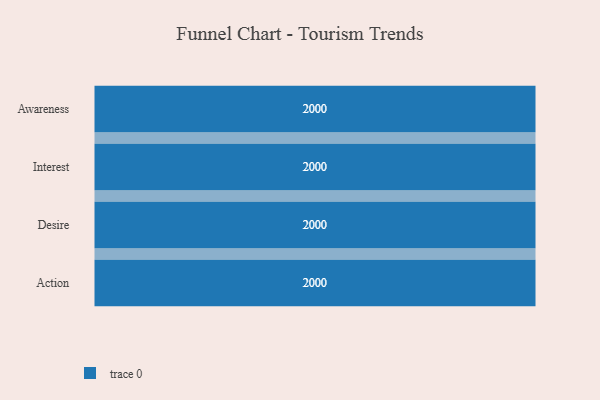
{"axis": {"x": "Stage", "y": "Value"}, "legend": [""], "data": [{"x": "Awareness", "y": 2000, "type": ""}, {"x": "Interest", "y": 2000, "type": ""}, {"x": "Desire", "y": 2000, "type": ""}, {"x": "Action", "y": 2000, "type": ""}]}